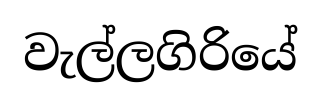
වැල්ලගිරියේ